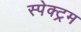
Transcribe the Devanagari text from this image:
स्पेक्‍ट्रम